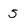
Character: 5